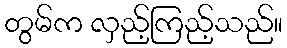
တွမ်က လှည့်ကြည့်သည်။